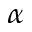
_ \alpha